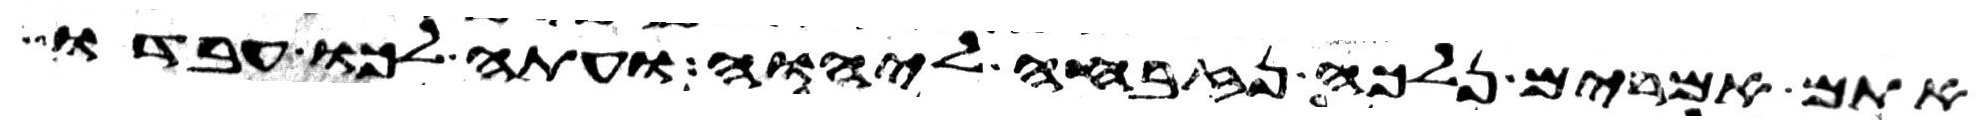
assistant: אתם אמרים נלכה נזבחה ליהוה ועתה לכו עבדו